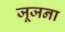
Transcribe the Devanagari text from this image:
जूजना